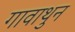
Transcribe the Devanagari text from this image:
गावाथुन